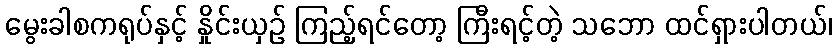
မွေးခါစကရုပ်နှင့် နှိုင်းယှဉ် ကြည့်ရင်တော့ ကြီးရင့်တဲ့ သဘော ထင်ရှားပါတယ်၊